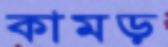
কামড়